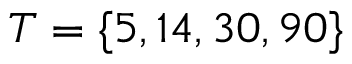
T = \{ 5 , 1 4 , 3 0 , 9 0 \}